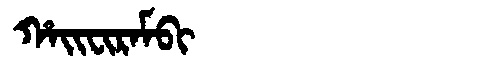
Manchu: ᡥᠠᡳᠸᡳᡵᠠᠮᠪᡳ
Romanization: HAIFIRAMBI